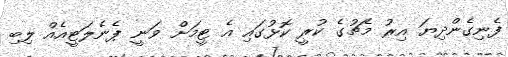
ފެނިގެންދިޔަ އިރު މެޗުގެ ކުރީ ކޮޅުގައި އެ ޓީމަށް ވަނީ ޕެނެލަޓީއެއް ލިބި